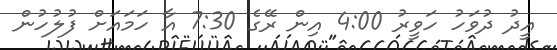
އީދު ދުވަހު ހަވީރު 4:00 އިން ރޭގެ 7:30 އާ ހަމައަށް ފުލުހުން